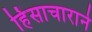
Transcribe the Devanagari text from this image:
हिंसाचाराने